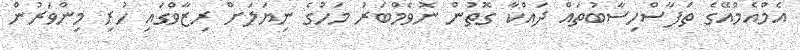
އެމްއެމްއޭގެ ތަފާސްހިސާބުތައް ދައްކާ ގޮތުން ނޮވެމްބަރު މަހުގެ ނިޔަލަށް ރިޒާވްގައި ހުރި މިންވަރުން